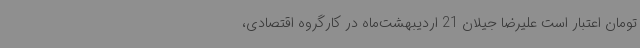
تومان اعتبار است علیرضا جیلان 21 اردیبهشت‌ماه در کارگروه اقتصادی،